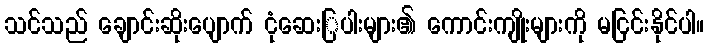
သင်သည် ချောင်းဆိုးပျောက် ငုံဆေးြပါးများ၏ ကောင်းကျိုးများကို မငြင်းနိုင်ပါ။